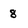
Character: 8